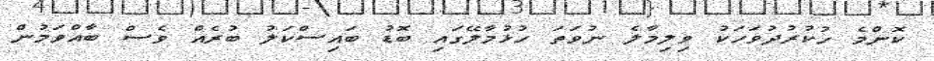
ކޮންމެ ހުކުރުދުވަހަކު ވިލިމާލެ ނުވަތަ ހުޅުމާލޭގައި ބޮޑު ބައިސްކަލު ބުރެއް ވެސް ބާއްވަމުން